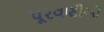
પૂરવણીઓ